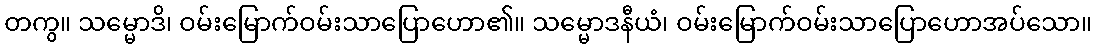
တကွ။ သမ္မောဒိ၊ ဝမ်းမြောက်ဝမ်းသာပြောဟော၏။ သမ္မောဒနီယံ၊ ဝမ်းမြောက်ဝမ်းသာပြောဟောအပ်သော။